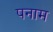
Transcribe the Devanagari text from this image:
पनाम